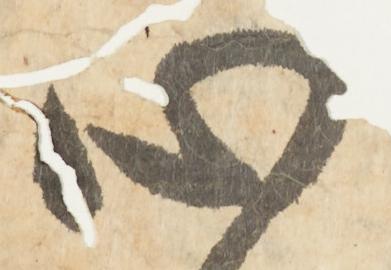
心